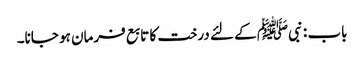
باب : نبیﷺ کے لئے درخت کا تابع فرمان ہو جانا۔